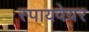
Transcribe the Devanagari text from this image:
स्पायवेयर